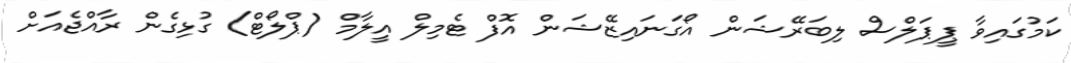
ކަމުގައިވާ ޕީޕަލްސް ލިބަރޭޝަން އޯގަނައިޒޭޝަން އޮފް ޓެމިލް އީލާމް (ޕްލޯޓް) ގުޅިގެން ރާއްޖެއަށް